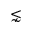
\lnsim